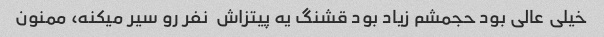
خیلی عالی بود حجمشم زیاد بود قشنگ یه پیتزاش  نفر رو سیر میکنه، ممنون